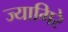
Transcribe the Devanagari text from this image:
ज्यामिरे